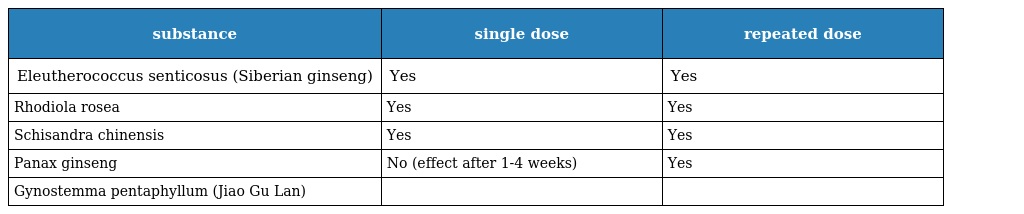
| substance | single dose | repeated dose |
 | --- | --- | --- |
 | Eleutherococcus senticosus (Siberian ginseng) | Yes | Yes |
 | Rhodiola rosea | Yes | Yes |
 | Schisandra chinensis | Yes | Yes |
 | Panax ginseng | No (effect after 1-4 weeks) | Yes |
 | Gynostemma pentaphyllum (Jiao Gu Lan) |  |  |